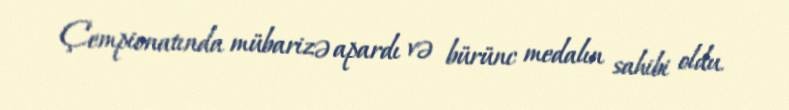
Çempionatında mübarizə apardı və bürünc medalın sahibi oldu.